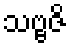
သဗ္ဗဇိ